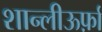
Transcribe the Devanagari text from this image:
शान्लीऊर्फ़ा